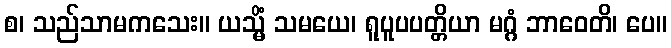
စ၊ သည်သာမကသေး။ ယသ္မိံ သမယေ၊ ရူပူပပတ္တိယာ မဂ္ဂံ ဘာဝေတိ၊ ပေ။